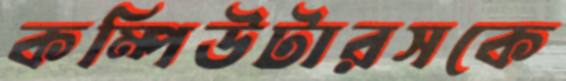
কম্পিউটারসকে